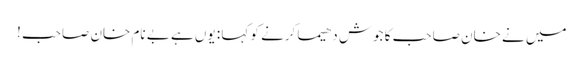
میں نے خان صاحب کا جوش دھیما کرنے کو کہا : یوں ہے بے نام خان صاحب !